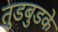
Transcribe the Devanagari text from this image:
तुडबुडके